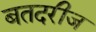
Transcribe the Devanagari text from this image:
बतदरीज